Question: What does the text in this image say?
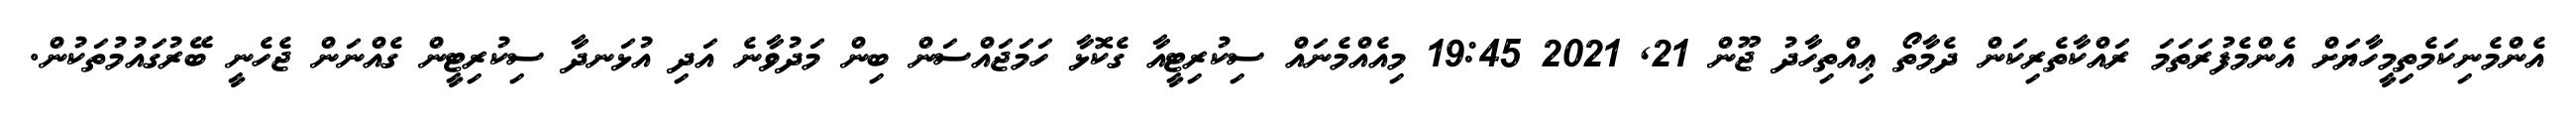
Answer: އެންމެނިކަމެތިމީހާޔަށް އެންމެފުރަތަމަ ރައްކާތެރިކަން ދެމާތޯ ޢިއްތިހާދު ޖޫން 21, 2021 19:45 މިއެއްމެނައް ސިކުރިޓީއާ ގެކޮޅާ ހަމަޖައްސަން ބިން މަދުވާނެ އަދި އުޅަނދާ ސިކުރިޓީން ގެއްނަން ޖެހެނީ ބޭރުގައުމުތަކުން.